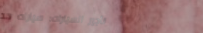
تأجير السيارات: سيارات حد